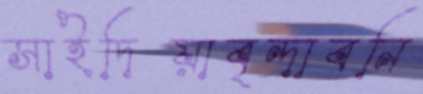
সাইদিয়াবৃন্দাবনি